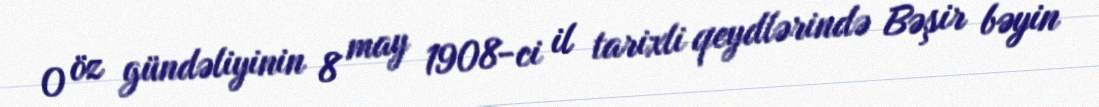
O öz gündəliyinin 8 may 1908-ci il tarixli qeydlərində Bəşir bəyin